Civil Veterinary Department Bihar & Orissa reports 1922-29 - 1922-1929
Year: 1922
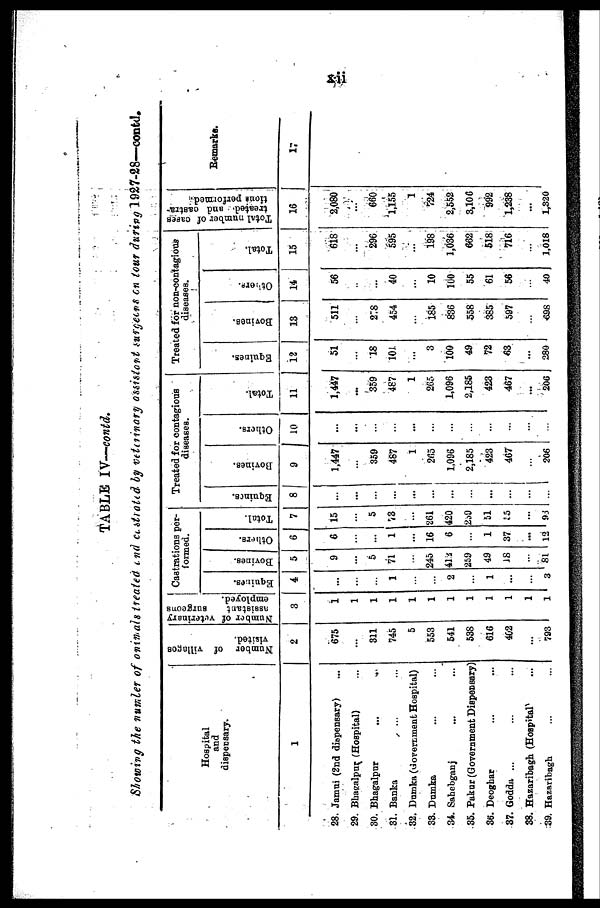
xii
TABLE IV—contd.
Showing the number of onimals treated and costated by veterinary ossistant surgeons on tour during 1927-28—contd.
Hospital
and
dispensary.
1
28.
29.
30.
81.
32.
33.
34.
35.
36.
37.
38.
39.
Jamui (2nd dispensary)
Bbagalpur (Hospital)
Bhagalpur
...
...
Banka
Dumka (Government Hospital)
Dumka
Sahebganj
Pakur (Government Dispensary'
Deoghar
Godda ...
Hazaribagh (Hospital)
Hazaribagh
Number of villages
visited.
2
675
...
311
745
5
553
541
538
616
402
...
793
Number of veterinary
Assistant
surgeons
employed.
3
1
1
1
1
1
1
1
1
1
1
1
1
Castrations per-
formed.
Equines.
4
...
...
...
1
...
...
2
...
1
...
...
3
Bovines.
5
9
...
5
71
...
245
412
259
49
18
...
81
Others.
6
6
1
16
6
1
37
...
12
Total.
7
15
5
73
261
420
209
51
35
...
93
Treated for contagious
diseases.
Eqni nes .
8
...
...
...
...
...
...
...
...
...
...
...
...
Bovines.
9
1,447
...
359
487
1
265
1,096
2,185
423
467
206
Ot her s .
10
...
...
...
...
...
...
...
...
...
...
...
...
Tot al .
11
1,447
...
859
487
1
265
1,096
2,185
423
467
...
206
Treated for non-contagious
diseases.
Equines.
12
51
...
18
101.
...
3
100
49
72
63
...
280
Bovi nes .
13
511
...
278
454
...
185
836
558
385
597
...
698
Ot her s .
14
56
...
...
40
...
10
100
55
61
56
...
40
Tot al .
15
618
...
295
595
...
198
1,036
662
518
716
1.018
Total
number of capes
treated and castra-
tions performed.
16
2,080
...
660
1,155
1
724
2,552
3,106
992
1,238
...
1,320
Remarks.
17